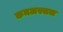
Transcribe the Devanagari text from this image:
कमअस्सल